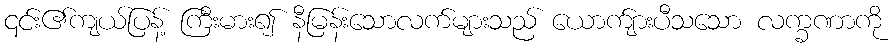
၎င်း၏ကျယ်ပြန့် ကြီးမား၍ နီမြန်းသောလက်များသည် ယောက်ျားပီသသော လက္ခဏာကို